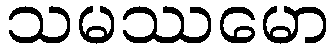
သမဿမော